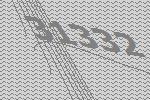
31332